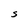
Character: S